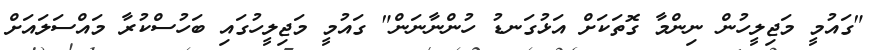
"ގައުމީ މަޖިލީހުން ނިންމާ ގޮތަކަށް އަޅުގަނޑު ހުންނާނަން" ގައުމީ މަޖިލީހުގައި ބަހުސްކުރާ މައްސަލައަށް